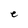
Character: e